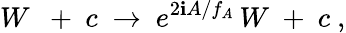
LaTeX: W\ \ +\ c\ \rightarrow\ e^{2\mathbf{i}A/f_{A}}\, W\ +\ c\ ,